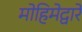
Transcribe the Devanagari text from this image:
मोहिमेद्वारे